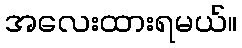
အလေးထားရမယ်။